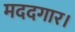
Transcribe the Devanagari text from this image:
मददगार।